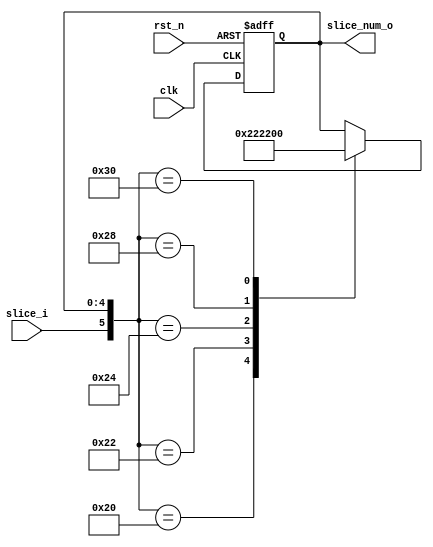
module slice_counter(
    input       clk,
    input       rst_n,
    input       slice_i,
    output [4:0]slice_num_o // cut into how many pieces 0 2 4 8 16
);

    reg [4:0] slice_num, nxt_slice_num;
    
    assign slice_num_o = slice_num;
    
    always@(*) begin
		  case({slice_i,slice_num})
		  {1'b1,5'd0}: nxt_slice_num = 5'd2;
		  {1'b1,5'd2}: nxt_slice_num = 5'd4;
		  {1'b1,5'd4}: nxt_slice_num = 5'd8;
		  {1'b1,5'd8}: nxt_slice_num = 5'd16;
		  {1'b1,5'd16}: nxt_slice_num = 5'd0;
		  default: nxt_slice_num = slice_num;
		  endcase
    end
    
    always@(posedge clk or negedge rst_n) begin
        if(!rst_n) begin
            slice_num <= 0;
        end
        else begin
            slice_num <= nxt_slice_num;
        end
    end
endmodule